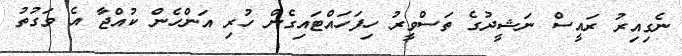
ނެގިއިރު ރައީސް ނަޝީދުގެ ތަސްވީރު ހިފަހައްޓައިގެން ހުރި އަންހެން ކުއްޖާ އެ ވަގުުތު